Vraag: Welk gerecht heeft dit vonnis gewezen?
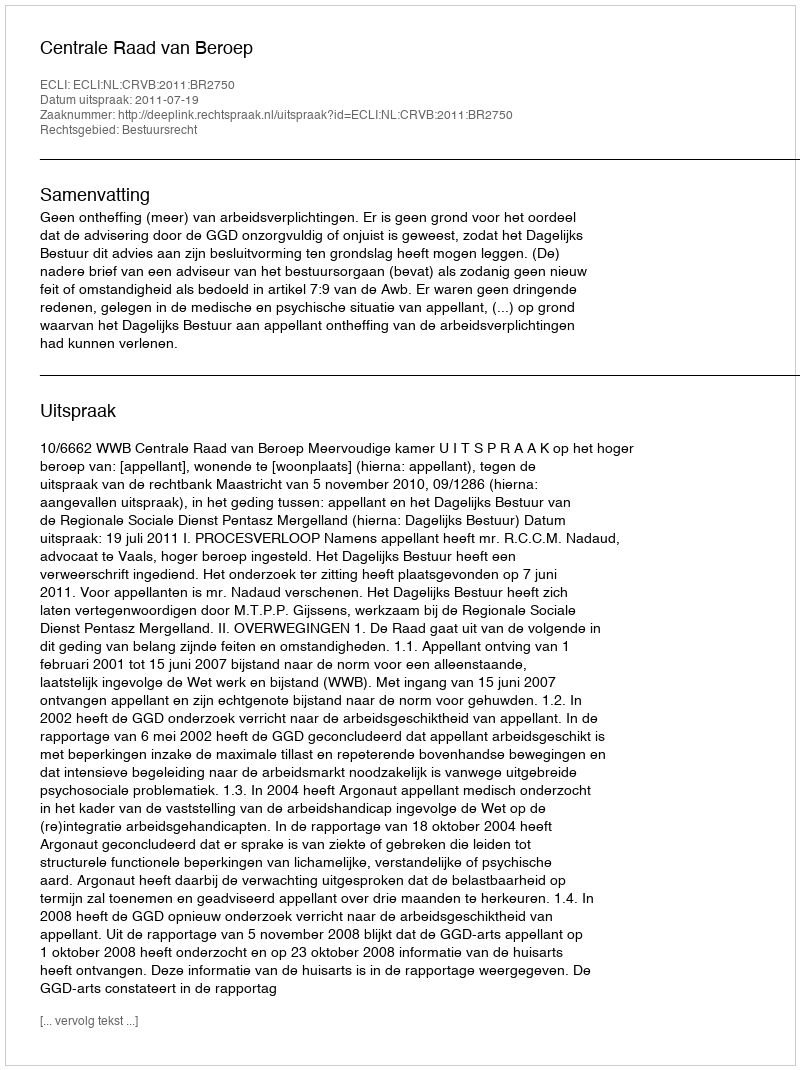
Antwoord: Centrale Raad van Beroep